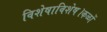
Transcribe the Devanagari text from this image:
विशेषाविशेष।कळों